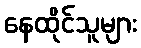
နေထိုင်သူများ